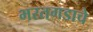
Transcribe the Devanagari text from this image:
भरतगडाचे